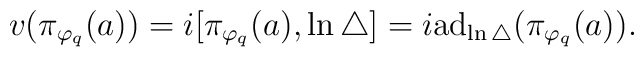
v(\pi_{\varphi_q}(a))=i[\pi_{\varphi_q}(a),\ln\bigtriangleup ]=i{\rm a}{\rm d}_{\ln\bigtriangleup}(\pi_{\varphi_q}(a)).